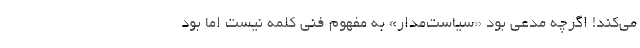
می‌کند! اگرچه مدعی بود «سیاست‌مدار» به مفهوم فنی کلمه نیست اما بود